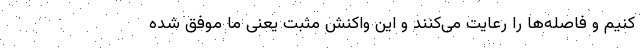
کنیم و فاصله‌ها را رعایت می‌کنند و این واکنش مثبت یعنی ما موفق شده